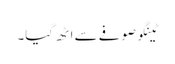
ٹینگو صوفے سے اٹھ گیا۔